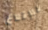
للإقلاع